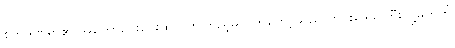
စိတ်ဒဏ်ရာ၏ အတော်ဝေးဝေးထိလိုက်ကြည့်မိလိုက်တော့သည် တိုင်းဒေသကြီးသို့မဟုတ်